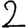
Digit: 2